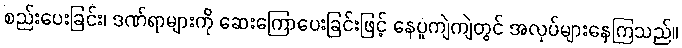
စည်းပေးခြင်း၊ ဒဏ်ရာများကို ဆေးကြောပေးခြင်းဖြင့် နေပူကျဲကျဲတွင် အလုပ်များနေကြသည်။